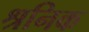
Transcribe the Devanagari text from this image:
श्रनिक